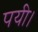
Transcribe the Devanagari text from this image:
पयी।